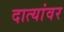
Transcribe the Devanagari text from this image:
दात्यांवर